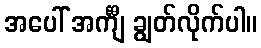
အပေါ် အင်္ကျီ ချွတ်လိုက်ပါ။